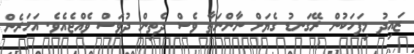
ޒައިދު މިފަހަކުން ރޭގަނޑު ގެޔަށް ނާންނަތާ ވެސް ދެތިން ދުވަސް ވެއްޖެއެވެ. އަހަރެން